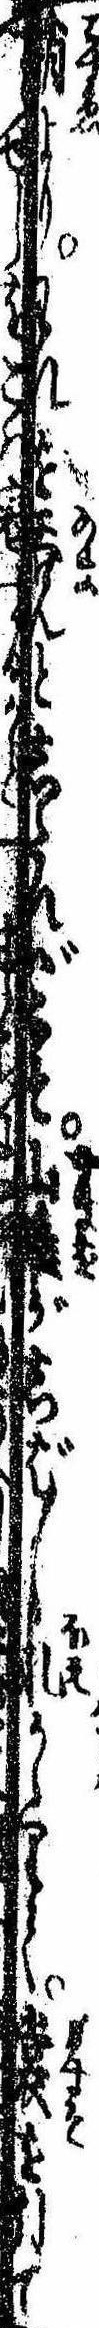
梢よりわれを呑んとしたればこそ山雄がしば〲吼かゝりて裳を引て